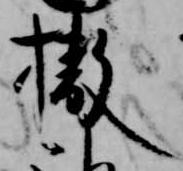
撤